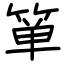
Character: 箪